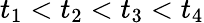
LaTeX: t_{1}<t_{2}<t_{3}<t_{4}